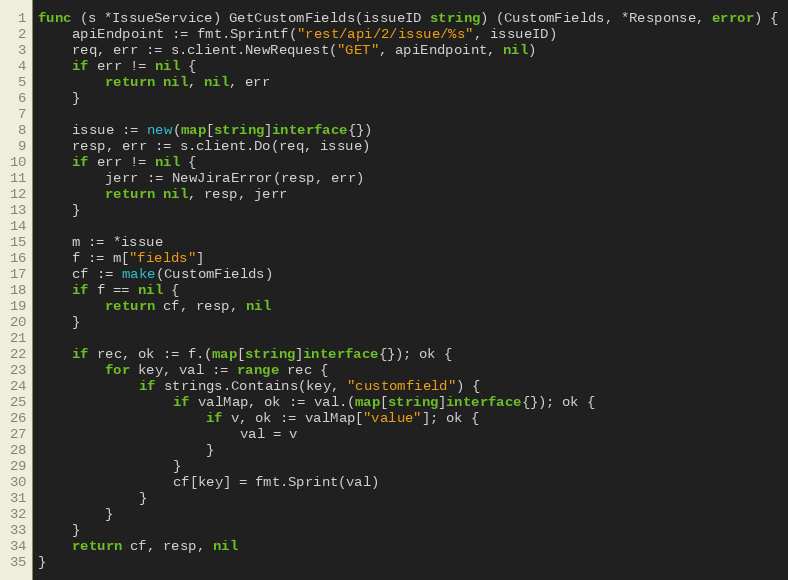
Language: Go
func (s *IssueService) GetCustomFields(issueID string) (CustomFields, *Response, error) {
	apiEndpoint := fmt.Sprintf("rest/api/2/issue/%s", issueID)
	req, err := s.client.NewRequest("GET", apiEndpoint, nil)
	if err != nil {
		return nil, nil, err
	}

	issue := new(map[string]interface{})
	resp, err := s.client.Do(req, issue)
	if err != nil {
		jerr := NewJiraError(resp, err)
		return nil, resp, jerr
	}

	m := *issue
	f := m["fields"]
	cf := make(CustomFields)
	if f == nil {
		return cf, resp, nil
	}

	if rec, ok := f.(map[string]interface{}); ok {
		for key, val := range rec {
			if strings.Contains(key, "customfield") {
				if valMap, ok := val.(map[string]interface{}); ok {
					if v, ok := valMap["value"]; ok {
						val = v
					}
				}
				cf[key] = fmt.Sprint(val)
			}
		}
	}
	return cf, resp, nil
}